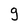
Character: g